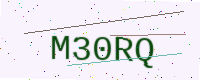
Text: M30RQ